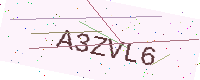
Text: A3ZVL6